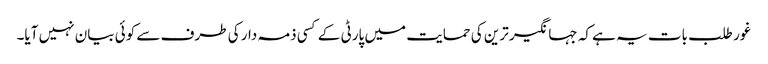
غور طلب بات یہ ہے کہ جہانگیر ترین کی حمایت میں پارٹی کے کسی ذمہ دار کی طرف سے کوئی بیان نہیں آیا۔